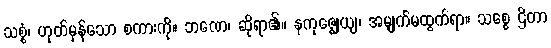
သစ္စံ၊ ဟုတ်မှန်သော စကားကို။ ဘဏေ၊ ဆိုရာ၏။ နကုဇ္ဈေယျ၊ အမျက်မထွက်ရာ။ သစ္စေ ဌိတာ